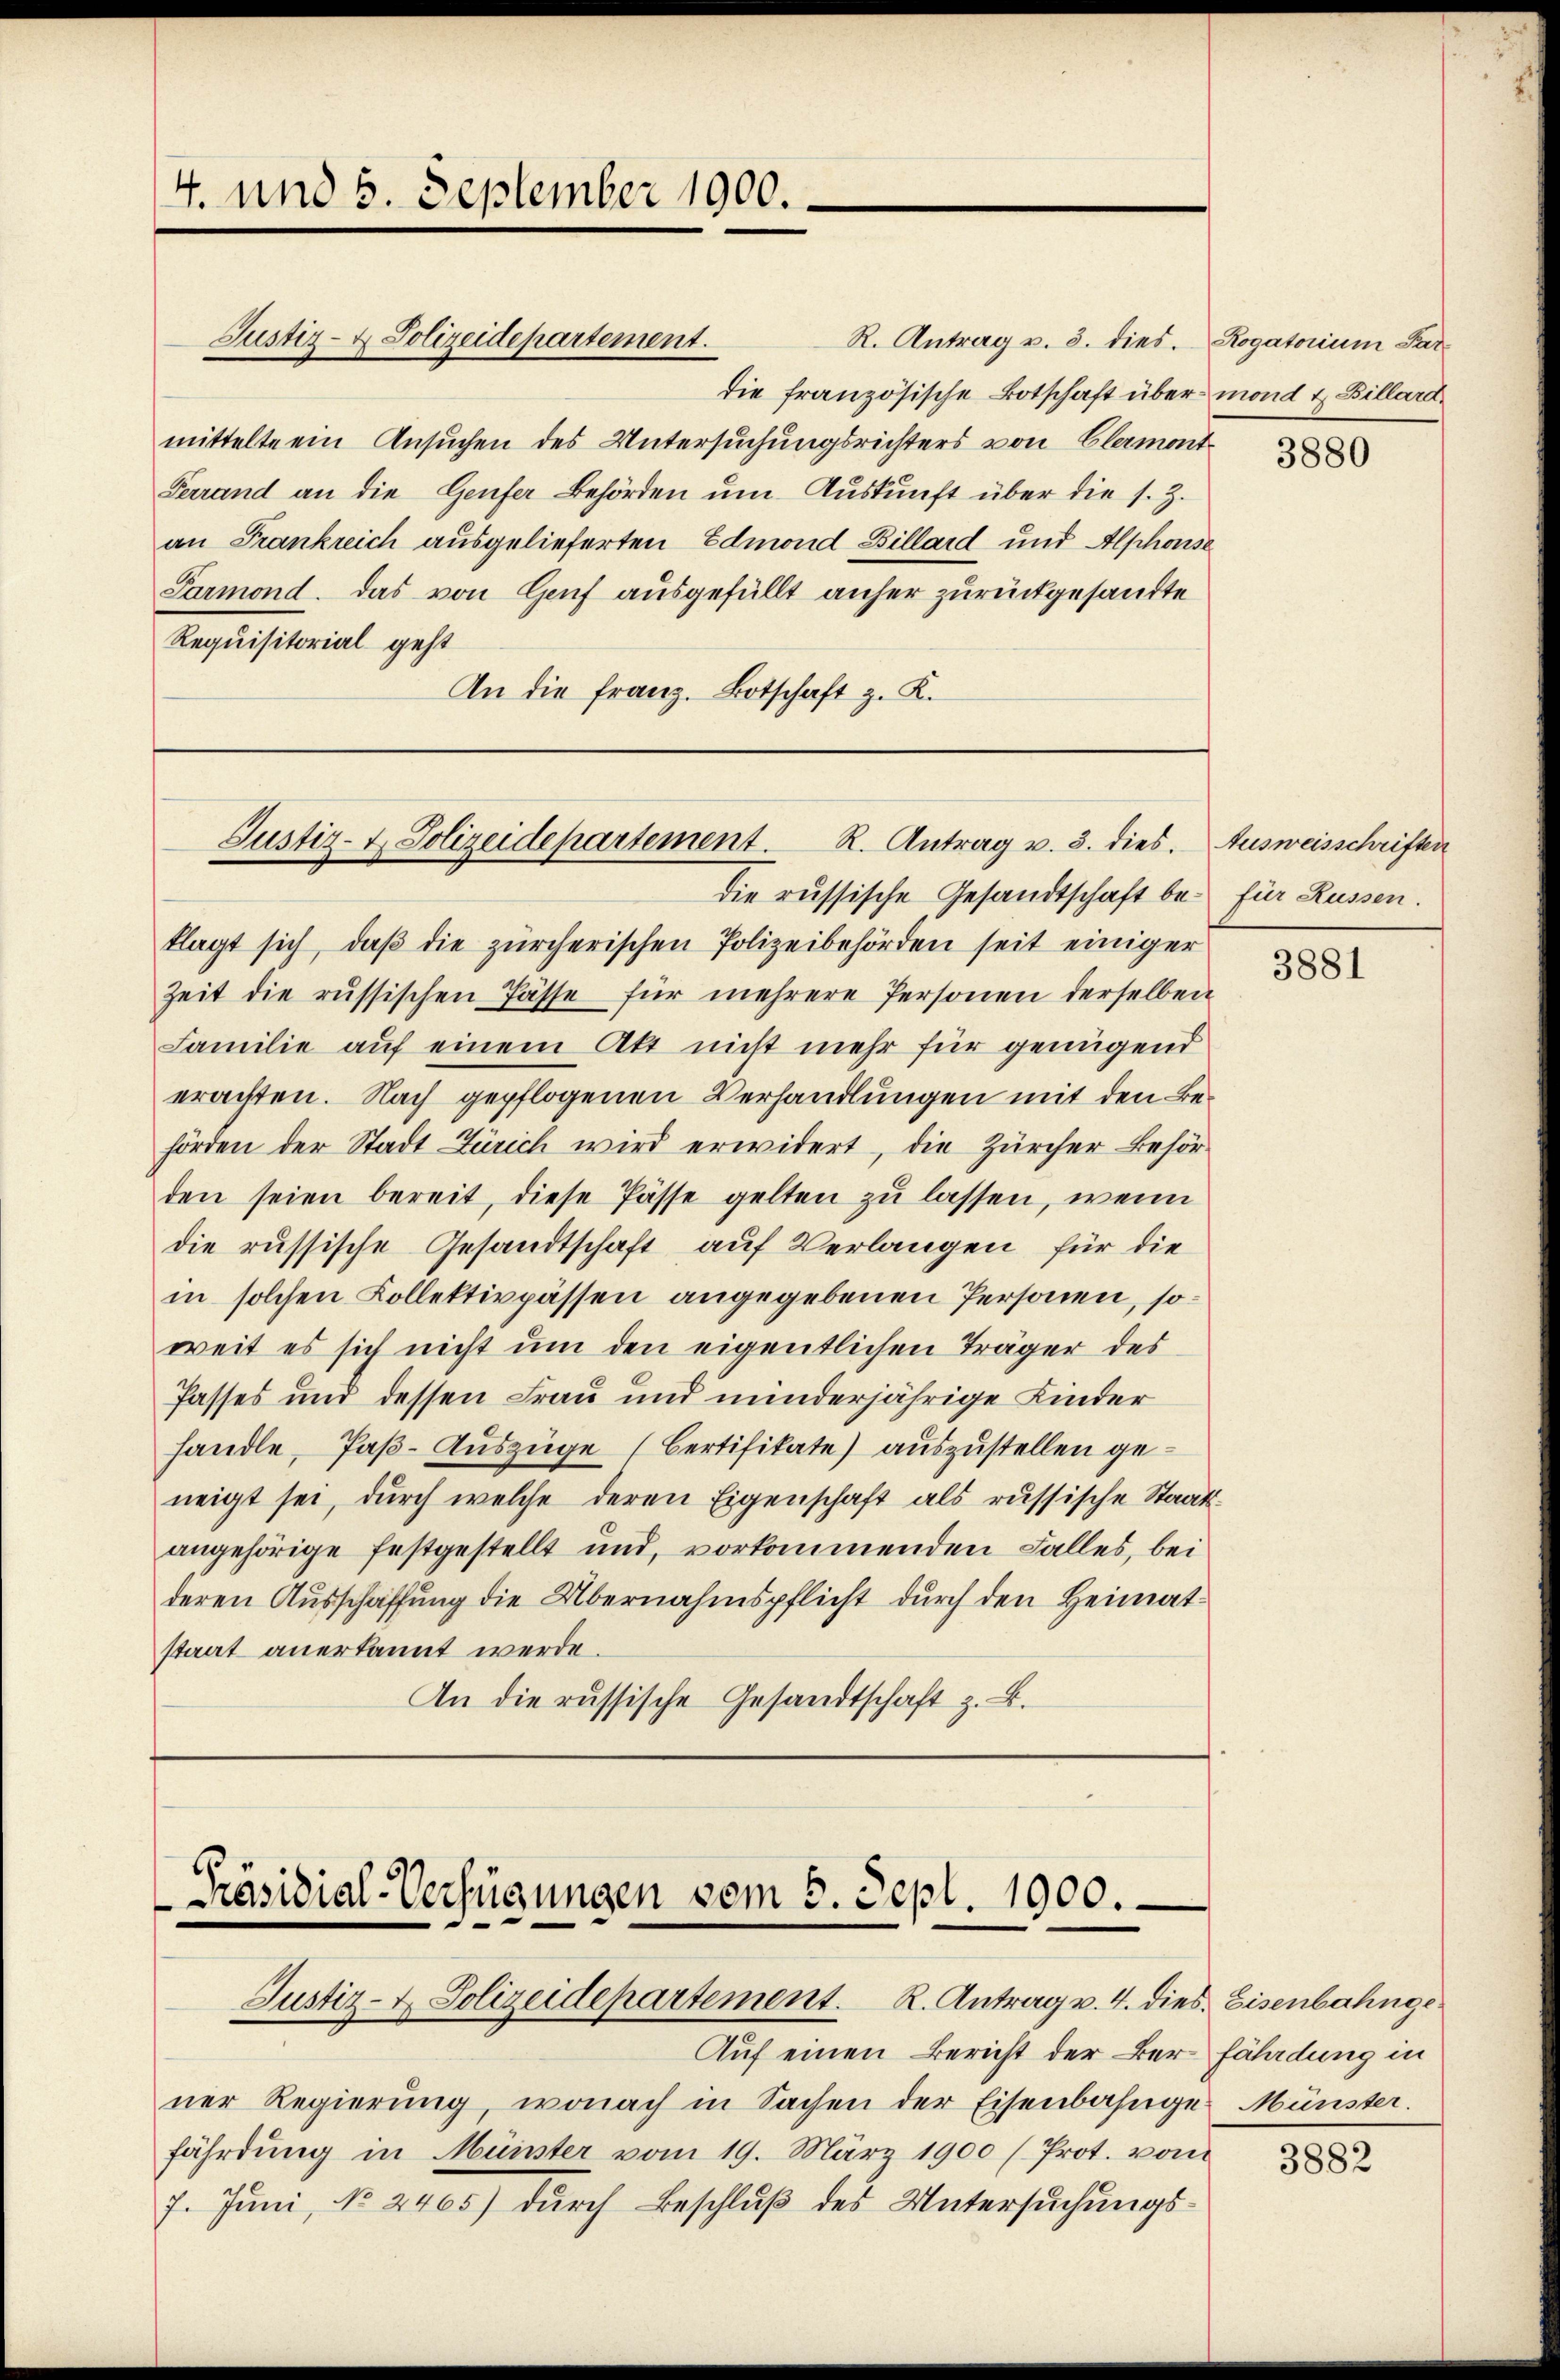
4. und 5. September 1900.

Justiz- & Polizeidepartement.
R. Antrag v. 3. dies. Rogatorium Pare
die französische Botschaft über mond & Billard
mittelte ein Ansuchen des Untersuchungsrichters von Clarmont
Ferrand an die Genfer Behörden ŭm Aŭskŭnft über die s. Z.
an Frankreich ausgelieferten Edmond Billard und Alphonse
Parmond. Das von Genf ausgefüllt anher zurückgesandte
Requisitorial geht
An die franz. Botschaft z. K.

die russische Gesandtschaft be- für Russen.
klagt sich, daβ die zürcherischen Polizeibehörden seit einiger
Zeit die russischen Pässe für mehrere Personen derselben
Familie auf einem Akt nicht mehr für genügend
erachten. Nach gepflogenen Verhandlungen mit den Behörden der Stadt Zürich wird erwidert, die Zürcher Behörden seien bereit, diese Pässe gelten zu lassen, wenn
die russische Gesandtschaft auf Verlangen für die
in solchen Kollektivpässen angegebenen Personen, soweit es sich nicht um den eigentlichen Träger des
Passes und dessen Frau und minderjährige Kinder
handle, Paβ-Auszüge (Bertifikate) auszustellen geneigt sei, dŭrch welche deren Eigenschaft als russische Staats-
angehörige festgestellt und, vorkommenden Falles, bei
deren Ausschaffung die Übernahmspflicht durch den Heimatstaat anerkannt werde.
An die russische Gesandtschaft z. B.

Justiz- & Polizeidepartement. R. Antrag v. 3. dies. Ausweisschriften

Präsidial-Verfügungen vom 6. Sept. 1900.
Justiz- & Polizeidepartement. R. Antrag v. 4. dies. Eisenbahnge

Auf einen Bericht der Bern fährdung in
ner Regierung, wonach in Sachen der Eisenbahnges Münster.
fährdung in Münster vom 19. März 1900 (Prot. vom
7. Juni, No. 2405) durch Beschluß des Untersuchungs¬

3880

3881

3882